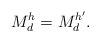
LaTeX: \begin{align*}M_d^h=M_d^{h'}.\end{align*}